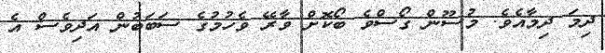
ދިމަ ދިމާއެވެ. މުސޫން ގޯސްވެ ބޯކޮށް ވާރޭ ވެހުމުގެ ސަބަބުން އަދިވެސް އެ